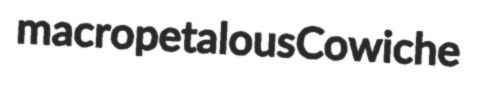
macropetalous Cowiche